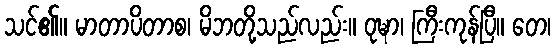
သင်၏။ မာတာပိတာစ၊ မိဘတို့သည်လည်း။ ဝုဍ္ဎာ၊ ကြီးကုန်ပြီ။ တေ၊